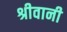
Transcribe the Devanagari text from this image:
श्रीवानी